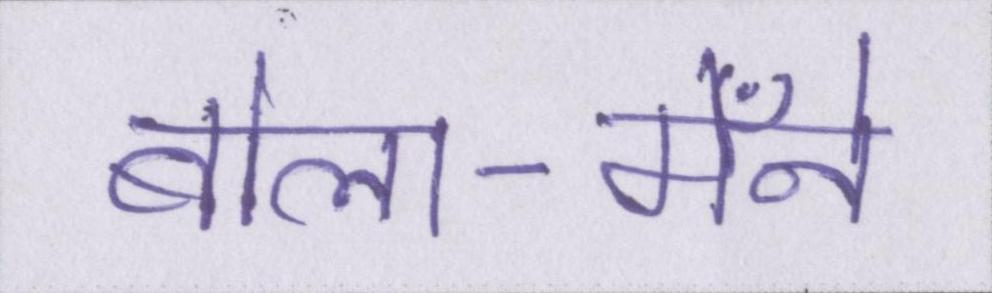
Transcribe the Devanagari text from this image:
बोला-मैँने